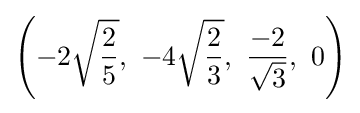
\left(-2{\sqrt {\frac {2}{5}}},\ -4{\sqrt {\frac {2}{3}}},\ {\frac {-2}{\sqrt {3}}},\ 0\right)